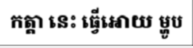
កត្តា នេះ ធ្វើអោយ ម្ហូប